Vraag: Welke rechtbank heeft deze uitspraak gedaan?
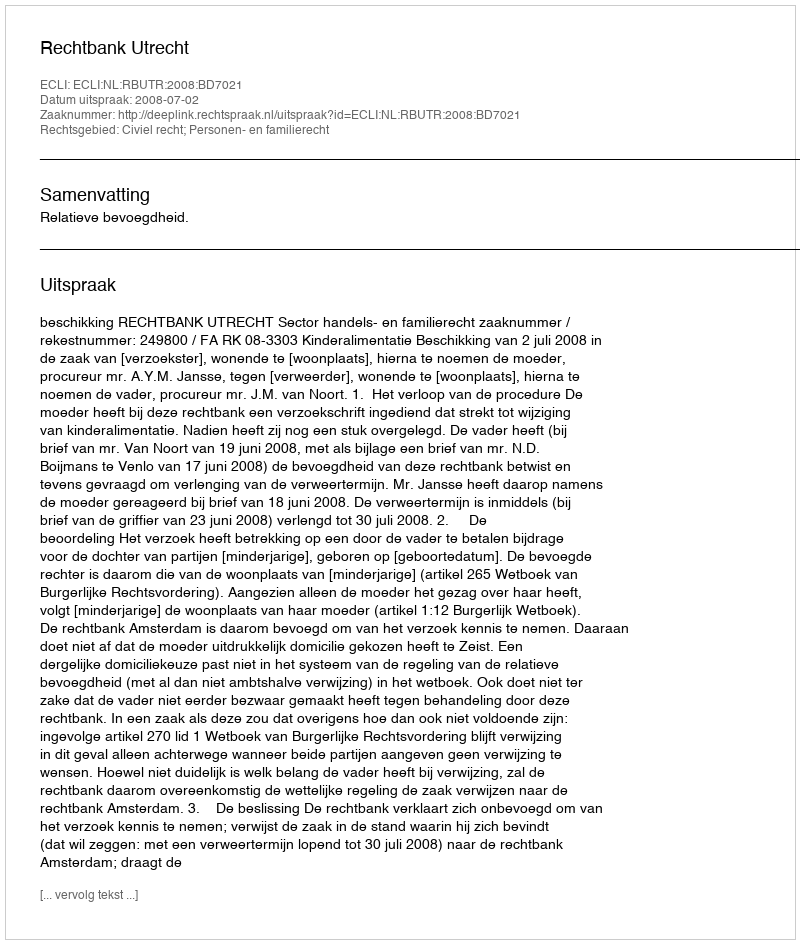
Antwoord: Rechtbank Utrecht